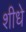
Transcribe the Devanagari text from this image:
शीधे